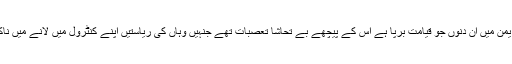
شام اور یمن میں ان دنوں جو قیامت برپا ہے اس کے پیچھے بے تحاشا تعصبات تھے جنہیں وہاں کی ریاستیں اپنے کنٹرول میں لانے میں ناکام رہیں۔